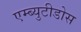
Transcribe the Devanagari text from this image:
एम्ब्युटीडोस